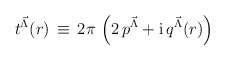
\begin{align*}t^{{\vec \Lambda}}(r) \, \equiv \, 2 \pi \, \left( 2 \, p^{{\vec \Lambda}}+ \mbox{i}\, q^{{\vec \Lambda}}(r) \right)\end{align*}